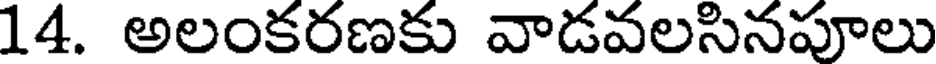
14. అలంకరణకు వాడవలసినపూలు